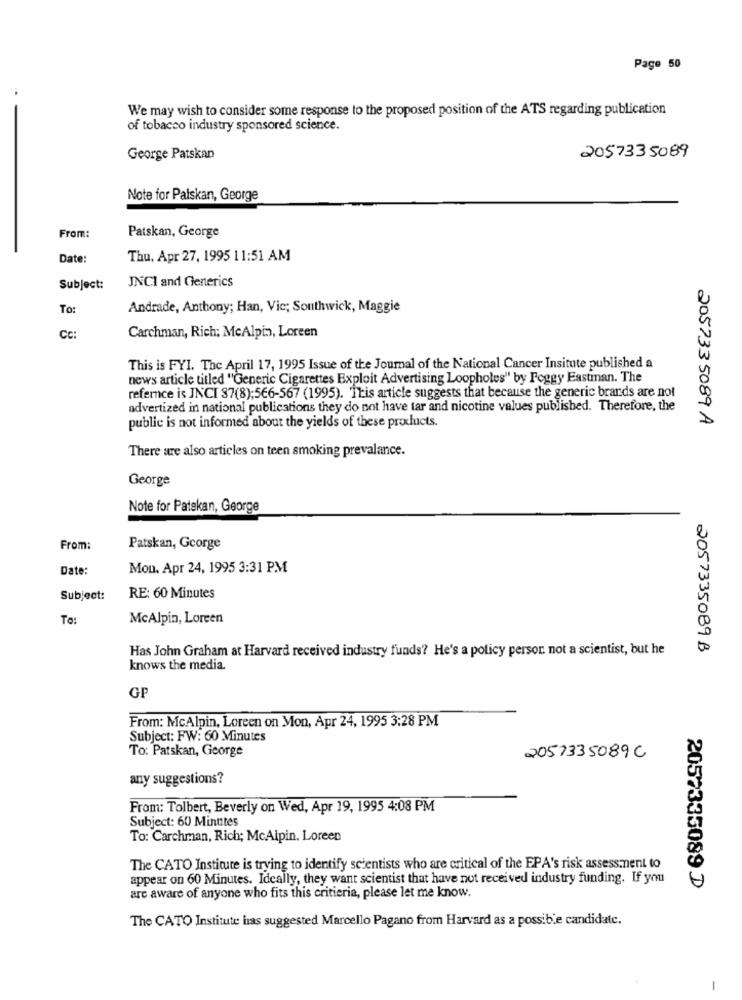
Page 50
..
We may wish to consider some response to the proposed position of the ATS regarding publication
of tobacco industry sponsored science.
George Patskan
2057335089
Note for Paiskan, George
Patskan, George
From:
Date:
Thu. Apr 27, 1995 11:51 AM
JNCI and Generics
Subject:
To:
Andrade, Anthony; Han, Vic; Southwick, Maggie
Cc:
Carchman, Rich; MeAlpin, Loreen
This is FYI. The April 17, 1995 Issue of the Journal of the National Cancer Insitute published a
news article titled "Generic Cigarettes Exploit Advertising Loopholes" by Foggy Eastman. The
refernce is JNCI 37(8);566-567 (1995). This article suggests that because the generic brands are not
advertized in national publications they do not have tar and nicotine values published. Therefore, the
205733 5089 A
public is not informed about the yields of these products.
There are also articles on teen smoking prevalance.
George
Note for Patekan, George
From:
Patskan, George
Date:
Mon. Apr 24, 1995 3:31 PM
Subject:
RE: 60 Minutes
To:
McAlpin, Loreen
Has John Graham at Harvard received industry funds? He's a policy person not a scientist, but he
2057335089B
knows the media.
GP
From: McAlpin, Loreen on Mon, Apr 24, 1995 3:28 PM
Subject: FW: 60 Minutes
To: Patskan, George
2057335089C
any suggestions?
From: Tolbert, Beverly on Wed, Apr 19, 1995 4:08 PM
Subject: 60 Minutes
To: Carchman, Rich; McAlpin. Loreen
The CATO Institute is trying to identify scientists who are critical of the EPA's risk assessment to
appear on 60 Minutes. Ideally, they want scientist that have not received industry funding. If you
2057335089 D
are aware of anyone who fits this critieria, please let me know.
The CATO Institute has suggested Marcello Pagano from Harvard as a possible candidate.
-